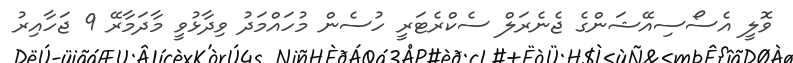
ވޮލީ އެސޯސިއޭޝަންގެ ޖެނެރަލް ސެކްރެޓަރީ ހުސެން މުހައްމަދު ވިދާޅުވީ މާދަމާރޭ 9 ޖަހާއިރު